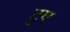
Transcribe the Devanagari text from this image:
टुप